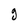
Character: g